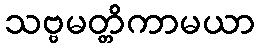
သဗ္ဗမတ္တိကာမယာ